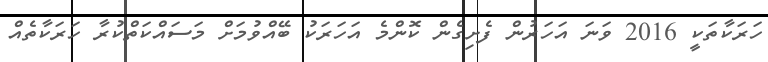
ހަރަކާތަކީ 2016 ވަނަ އަހަރުން ފެށިގެން ކޮންމެ އަހަރަކު ބޭއްވުމަށް މަސައްކަތްކުރާ ހަރަކާތެއް